system: You are a helpful assistant.
user:
Analyze the provided spectrum to determine if it is a **"Cataclysmic Variables (CV)"**.

- **Key Indicators for CV (Check for either state):**
    - **State 1: Quiescent / Low-State (Emission-Dominated)**
        - **(Primary):** Strong and *very broad* Hydrogen Balmer emission lines (e.g., $H\alpha$ at 6563 Å, $H\beta$ at 4861 Å). The 'broadness' (high velocity dispersion, often FWHM > 1000 km/s) is the key diagnostic, indicating a high-velocity accretion disk.
        - **(Secondary):** Broad neutral Helium (He I) emission lines (e.g., 5876 Å, 6678 Å).
        - **(Key Confirmation):** Presence of high-excitation *ionized* Helium (He II) emission at 4686 Å. This is a strong indicator of accretion onto a white dwarf.
        - **(Line Profile):** Emission lines may exhibit a 'double-peaked' profile, which is a classic signature of a rotating accretion disk viewed at high inclination.

    - **State 2: Outburst / High-State (Absorption-Dominated)**
        - **(Primary):** Spectrum is dominated by a bright, blue continuum (looks like a hot star).
        - **(Secondary):** The emission lines from State 1 are weak, absent, or 'filled in', and are replaced by broad, shallow *absorption* lines (primarily Balmer and He I).
        - **(Morphology):** The overall spectrum mimics a hot B/A-type star. The crucial difference is that the absorption lines are significantly broader, shallower, and more 'washed-out' (or 'smeared') than the sharp lines of a normal stellar photosphere, due to high rotational speeds and pressure broadening in the disk.

Think first, call **spectral_visualization_tool** if needed to examine features in detail, then provide your final answer. Your response must adhere to the following strict rules:
1.  **Overall Structure:** Your response must follow the format `<think>...</think> <tool_call>...</tool_call> (if a tool is used) <answer>...</answer>`.
2.  **Tool Usage Constraint:** You may only make **one** tool call per turn.
3.  **Final Answer Format:** In the `<answer>` tag, your conclusion must be inside a `\boxed{}` command (e.g., `\boxed{YES}`), followed by your justification.

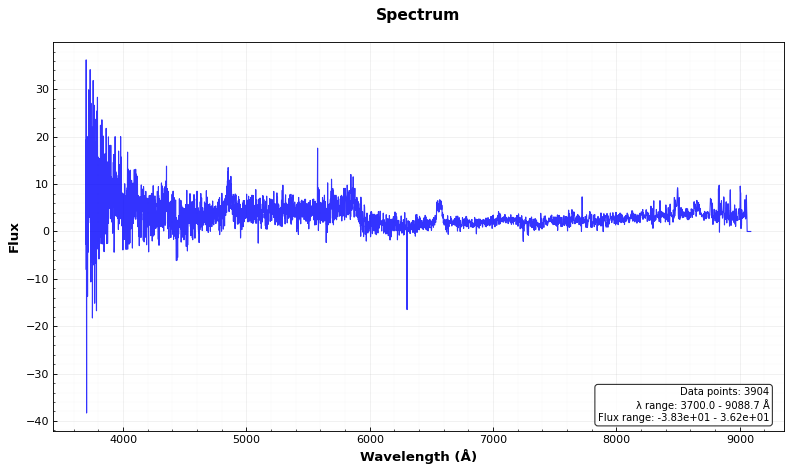
Answer: YES